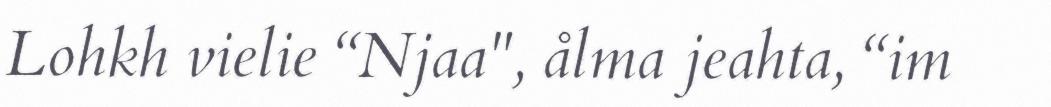
Lohkh vielie “Njaa", ålma jeahta, “im